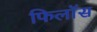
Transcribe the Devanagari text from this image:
फिलॉस